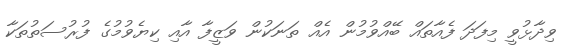
ވިދާޅުވީ މިފަދަ ފެއާތައް ބޭއްވުމުން އެއް ތަނަކުން ވަޒީފާ އާއި ކިޔެވުމުގެ ފުރުސަތުތަކާ